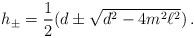
LaTeX: \begin{align*}h_\pm = \frac{1}{2}(d\pm\sqrt{d^2 -4 m^2 \ell^2})\,.\end{align*}